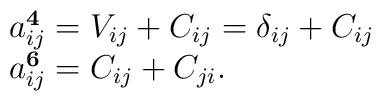
\begin{array}{l}a_{ij}^{\bf 4} = V_{ij} + C_{ij} = \delta_{ij} + C_{ij}\\a_{ij}^{\bf 6} = C_{ij} + C_{ji}.\\\end{array}